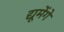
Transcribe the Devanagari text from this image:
द्यूमेंगे